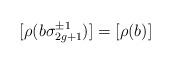
LaTeX: \begin{align*} [\rho(b\sigma_{2g+1}^{\pm 1})]= [\rho(b)] \end{align*}